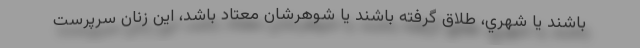
باشند يا شهري، طلاق گرفته باشند يا شوهرشان معتاد باشد، اين زنان سرپرست